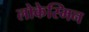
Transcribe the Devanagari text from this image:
लोकेस्मिन